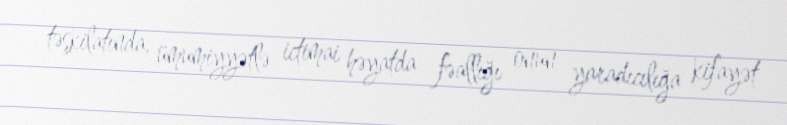
təşkilatında, ümumiyyətlə ictimai həyatda fəallığı onun yaradıcılığa kifayət